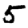
Digit: 5